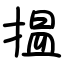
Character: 揾